Report of an investigation of the epidemic of malarial fever in Assam, or, kala-azar
Disease focus: Malaria
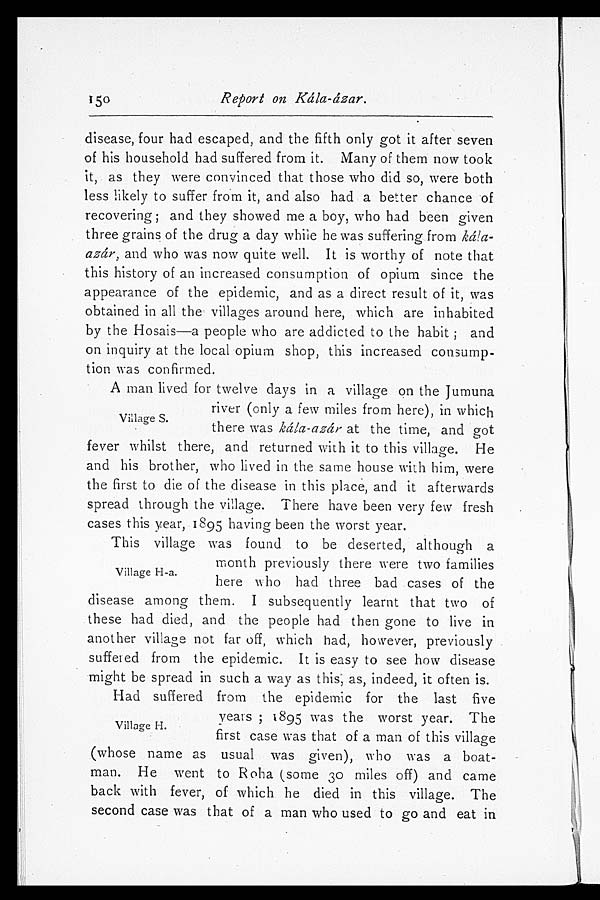
Report on Kála-ázar.
disease, four had escaped, and the fifth only got it after seven
of his household had suffered from it. Many of them now took
it, as they were convinced that those who did so, were both
less likely to suffer from it, and also had a better chance of
recovering; and they showed me a boy, who had been given
three grains of the drug a day while he was suffering from kála
- á z a r ,
a n d w h o w a s n o w q u i t e w e l l . I t i s w o r t h y o f n o t e t h a t
this history of an increased consumption of opium since the
appearance of the epidemic, and as a direct result of it, was
obtained in all the villages around here, which are inhabited
by the Hosais—a people who are addicted to the habit; and
on inquiry at the local opium shop, this increased consump
- t i o n w a s c o n f i r m e d .
A man lived for twelve days in a village on the Jumuna
river (only a few miles from here), in which
there was kála-ázar at the time, and got
fever whilst there, and returned with it to this village. He
and his brother, who lived in the same house with him, were
the first to die of the disease in this place, and it afterwards
spread through the village. There have been very few fresh
cases this year, 1895 having been the worst year.
This village was found to be deserted, although a
month previously there were two families
here who had three bad cases of the
disease among them. I subsequently learnt that two of
these had died, and the people had then gone to live in
another village not far off, which had, however, previously
suffered from the epidemic. It is easy to see how disease
might be spread in such a way as this; as, indeed, it often is.
Had suffered from the epidemic for the last five
years; 1895 was the worst year. The
first case was that of a man of this village
(whose name as usual was given), who was a boat-
man. He went to Roha (some 30 miles off) and came
back with fever, of which he died in this village. The
second case was that of a man who used to go and eat in
Village S.
Village H-a.
Village H.